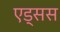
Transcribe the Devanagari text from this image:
एड्सस